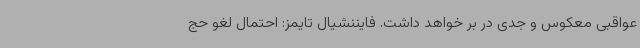
عواقبی معکوس و جدی در بر خواهد داشت. فایننشیال تایمز: احتمال لغو حج